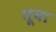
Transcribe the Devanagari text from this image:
तूबा